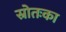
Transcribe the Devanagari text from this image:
स्रोतःका